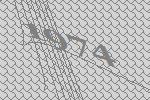
1974